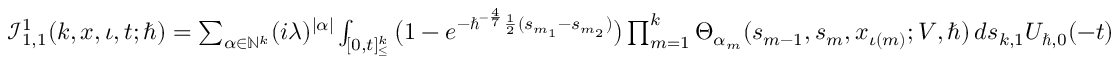
\begin{array} { r } { \mathcal { I } _ { 1 , 1 } ^ { 1 } ( k , \boldsymbol { x } , \iota , t ; \hbar ) = \sum _ { \alpha \in \mathbb { N } ^ { k } } ( i \lambda ) ^ { | \alpha | } \int _ { [ 0 , t ] _ { \leq } ^ { k } } \big ( 1 - e ^ { - \hbar ^ { - \frac { 4 } { 7 } } \frac { 1 } { 2 } ( s _ { m _ { 1 } } - s _ { m _ { 2 } } ) } \big ) \prod _ { m = 1 } ^ { k } \Theta _ { \alpha _ { m } } ( s _ { m - 1 } , { s } _ { m } , x _ { \iota ( m ) } ; V , \hbar ) \, d \boldsymbol { s } _ { k , 1 } U _ { \hbar , 0 } ( - t ) } \end{array}